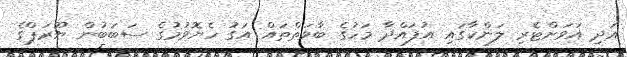
އަދި އަވަށްޓެރި ލަންކާގައި އުފައްދާ މަހުގެ ބާވަތްތައް އަގު ހެޔޮވުމުގެ ސަބަބުން ޔޫރަޕްގެ